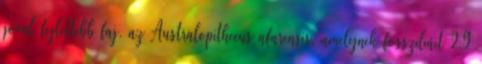
jóval fejlettebb faj, az Australopithecus afarensis, amelynek fosszíliáit 2,9